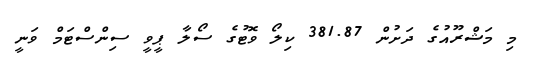
މި މަޝްރޫއުގެ ދަށުން 381.87 ކިލޯ ވޮޓުގެ ސޯލާ ޕީވީ ސިންސްޓަމް ވަނީ